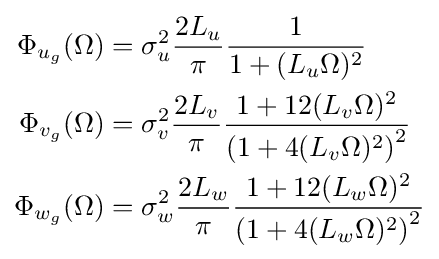
{\begin{aligned}\Phi _{u_{g}}(\Omega )&=\sigma _{u}^{2}{\frac {2L_{u}}{\pi }}{\frac {1}{1+(L_{u}\Omega )^{2}}}\\\Phi _{v_{g}}(\Omega )&=\sigma _{v}^{2}{\frac {2L_{v}}{\pi }}{\frac {1+12(L_{v}\Omega )^{2}}{\left(1+4(L_{v}\Omega )^{2}\right)^{2}}}\\\Phi _{w_{g}}(\Omega )&=\sigma _{w}^{2}{\frac {2L_{w}}{\pi }}{\frac {1+12(L_{w}\Omega )^{2}}{\left(1+4(L_{w}\Omega )^{2}\right)^{2}}}\end{aligned}}